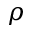
\rho